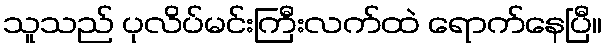
သူသည် ပုလိပ်မင်းကြီးလက်ထဲ ရောက်နေပြီ။